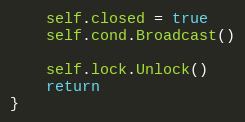
Language: Go
	self.closed = true
	self.cond.Broadcast()

	self.lock.Unlock()
	return
}